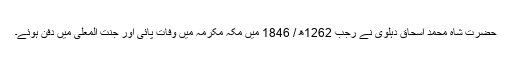
حضرت شاہ محمد اسحاق دہلوی نے رجب 1262ھ / 1846 میں مکہ مکرمہ میں وفات پائی اور جنت المعلیٰ میں دفن ہوئے۔